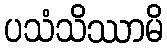
ပသံသိဿာမိ